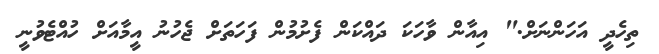
ތިހެދީ އަހަންނަށް." އިއާން ވާހަކަ ދައްކަން ފެށުމުން ފަހަތަށް ޖެހުނު އީމާއަށް ހުއްޓެވުނީ